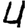
Digit: 4